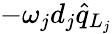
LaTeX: -\omega_{j}d_{j}\hat{q}_{L_{j}}